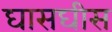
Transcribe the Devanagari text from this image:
घासघीस